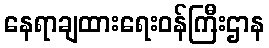
နေရာချထားရေးဝန်ကြီးဌာန